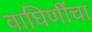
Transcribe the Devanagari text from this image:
वाघिणींचा